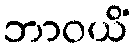
ဘာဝယိံ